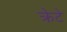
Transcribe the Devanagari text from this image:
क्रेटे